system: You are a helpful assistant.
user:
Analyze the provided spectrum to determine if it is a **"Cataclysmic Variables (CV)"**.

- **Key Indicators for CV (Check for either state):**
    - **State 1: Quiescent / Low-State (Emission-Dominated)**
        - **(Primary):** Strong and *very broad* Hydrogen Balmer emission lines (e.g., $H\alpha$ at 6563 Å, $H\beta$ at 4861 Å). The 'broadness' (high velocity dispersion, often FWHM > 1000 km/s) is the key diagnostic, indicating a high-velocity accretion disk.
        - **(Secondary):** Broad neutral Helium (He I) emission lines (e.g., 5876 Å, 6678 Å).
        - **(Key Confirmation):** Presence of high-excitation *ionized* Helium (He II) emission at 4686 Å. This is a strong indicator of accretion onto a white dwarf.
        - **(Line Profile):** Emission lines may exhibit a 'double-peaked' profile, which is a classic signature of a rotating accretion disk viewed at high inclination.

    - **State 2: Outburst / High-State (Absorption-Dominated)**
        - **(Primary):** Spectrum is dominated by a bright, blue continuum (looks like a hot star).
        - **(Secondary):** The emission lines from State 1 are weak, absent, or 'filled in', and are replaced by broad, shallow *absorption* lines (primarily Balmer and He I).
        - **(Morphology):** The overall spectrum mimics a hot B/A-type star. The crucial difference is that the absorption lines are significantly broader, shallower, and more 'washed-out' (or 'smeared') than the sharp lines of a normal stellar photosphere, due to high rotational speeds and pressure broadening in the disk.

Think first, call **spectral_visualization_tool** if needed to examine features in detail, then provide your final answer. Your response must adhere to the following strict rules:
1.  **Overall Structure:** Your response must follow the format `<think>...</think> <tool_call>...</tool_call> (if a tool is used) <answer>...</answer>`.
2.  **Tool Usage Constraint:** You may only make **one** tool call per turn.
3.  **Final Answer Format:** In the `<answer>` tag, your conclusion must be inside a `\boxed{}` command (e.g., `\boxed{YES}`), followed by your justification.

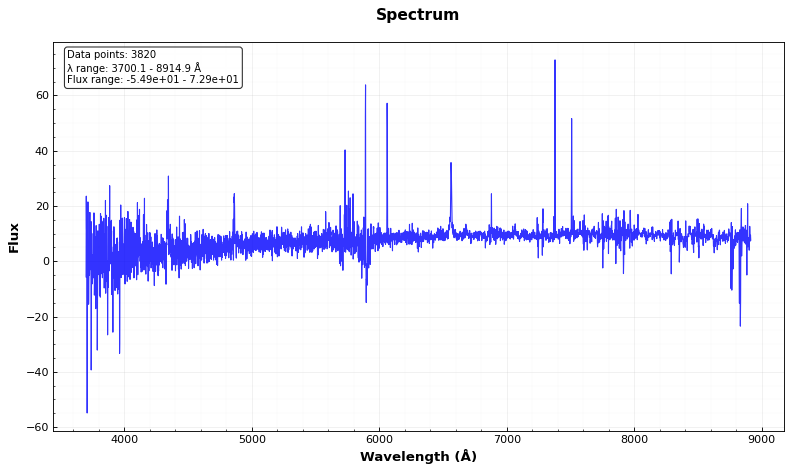
Answer: YES